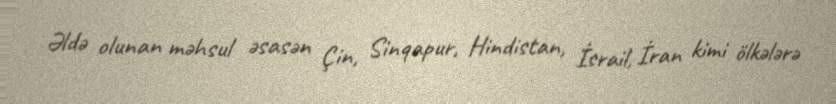
Əldə olunan məhsul əsasən Çin, Sinqapur, Hindistan, İsrail, İran kimi ölkələrə